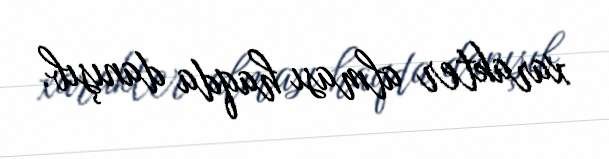
xarakter alması haqda danışıb.